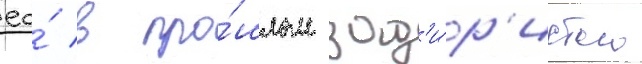
ео́ в про́шлом зад'и́р'истого